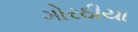
ગોરઠીયા